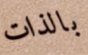
بالذات